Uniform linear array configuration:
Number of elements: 8
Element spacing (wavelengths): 0.75
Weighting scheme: binomial
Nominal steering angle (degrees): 15
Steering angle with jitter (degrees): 13.026
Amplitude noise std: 0.05
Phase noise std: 0.05

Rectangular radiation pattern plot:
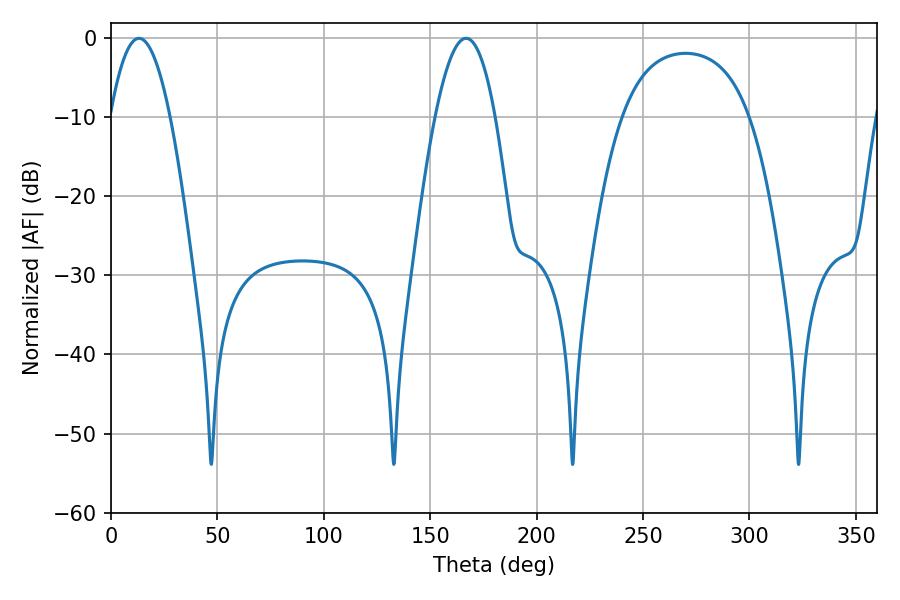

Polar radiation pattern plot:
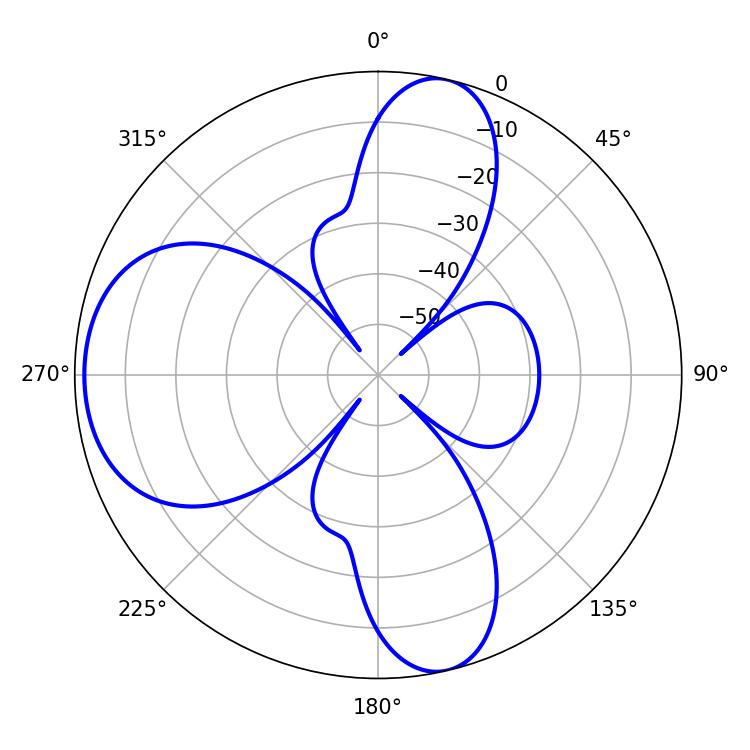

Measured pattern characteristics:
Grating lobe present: TRUE
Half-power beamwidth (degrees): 15.48
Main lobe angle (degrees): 13.14